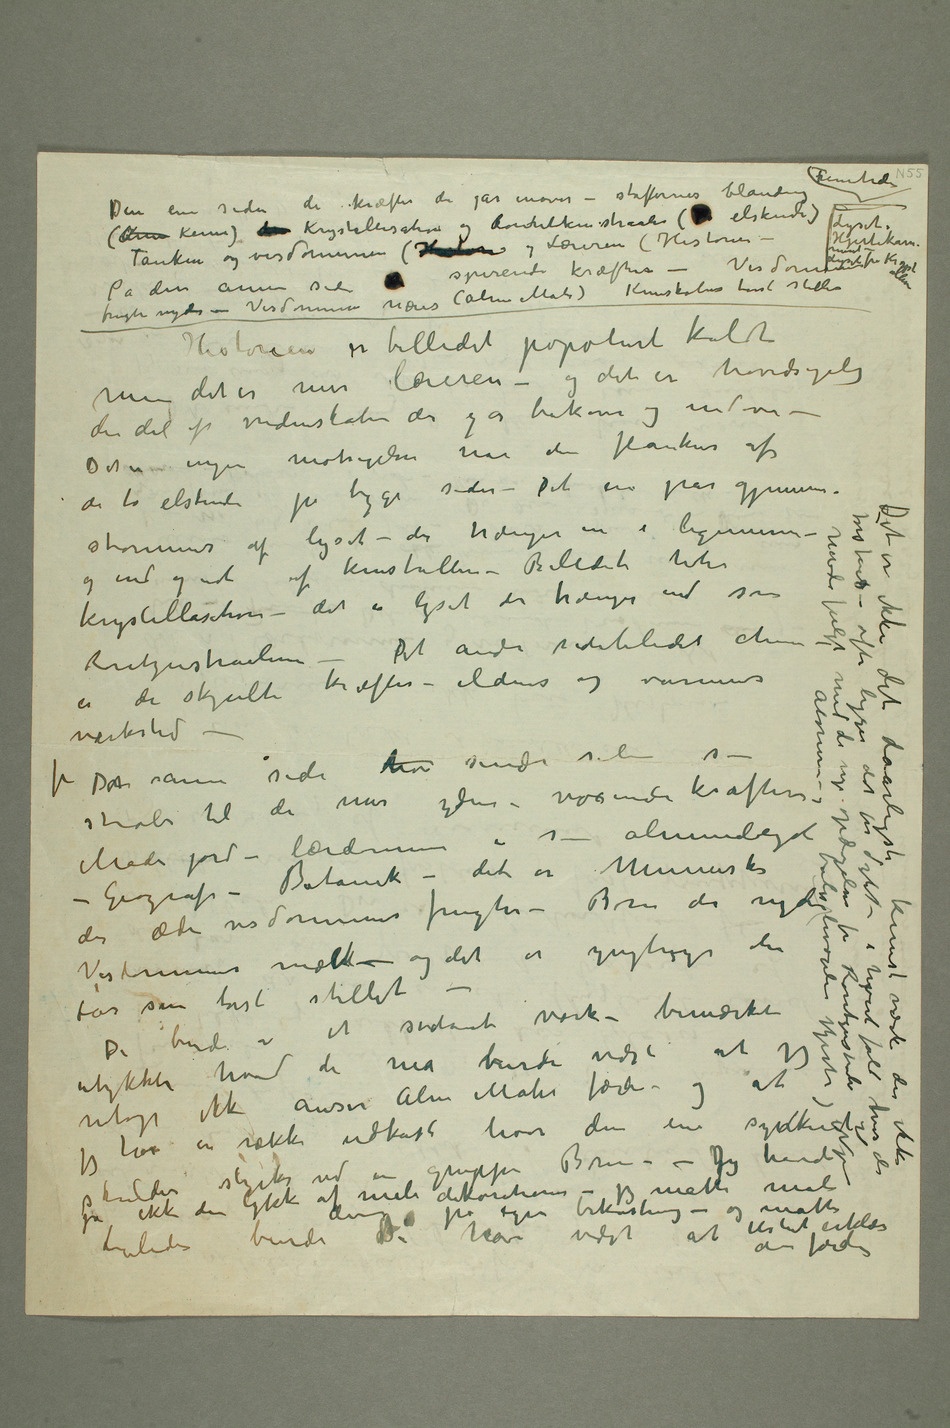
Den ene siden de kræfter der går inover – stoffernes blanding
frugter nydes – Visdommen næres (Alma Mater) Kunskabens tørst stilles
Historien er billedet populært kaldt
men det er mer læreren – og det er hovedsagelig
den del af videnskaben der går bakover og indover – Det er
motsigelse når den flankeres af
krystallisation – det er lyset der trænger ind som
værksted –
– Geografi – Botanik – det er Mennesker
Visdommens mælk – og det er ynglignger der får sin tørst stillet – De burde
jeg har en række udkast hvor den ene skulder skjules ved en
jo ikke den lykke at male dekorationer – jeg måtte male disse på egen bekostning
med de nye opdagelser